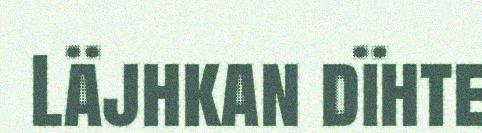
Läjhkan dïhte